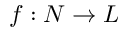
f : N \to L